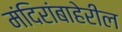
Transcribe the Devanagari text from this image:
मंदिरांबाहेरील